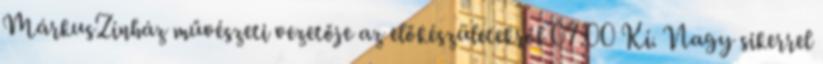
MárkusZínház művészeti vezetője az előkészületekről 07:00 Kí. Nagy sikerrel